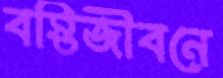
বস্তিজীবনে